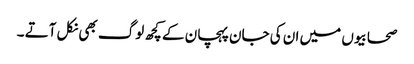
صحابیوں میں ان کی جان پہچان کے کچھ لوگ بھی نکل آتے ۔